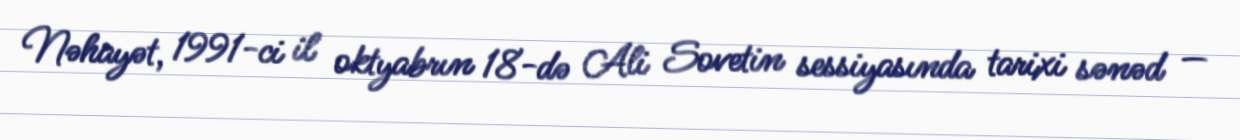
Nəhayət, 1991-ci il oktyabrın 18-də Ali Sovetin sessiyasında tarixi sənəd —